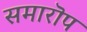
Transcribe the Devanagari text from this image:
समारॊप